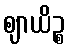
ဈာယိဉ္စ